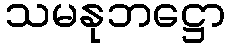
သမနုဘဋ္ဌော